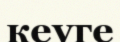
кеуге